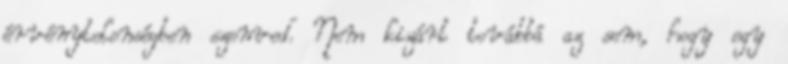
érvénytelenségben szenved. Nem kizárt továbbá az sem, hogy egy